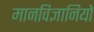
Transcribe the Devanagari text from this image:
मानविज्ञानियों